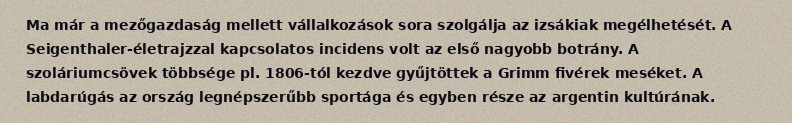
Ma már a mezőgazdaság mellett vállalkozások sora szolgálja az izsákiak megélhetését. A Seigenthaler-életrajzzal kapcsolatos incidens volt az első nagyobb botrány. A szoláriumcsövek többsége pl. 1806-tól kezdve gyűjtöttek a Grimm fivérek meséket. A labdarúgás az ország legnépszerűbb sportága és egyben része az argentin kultúrának.